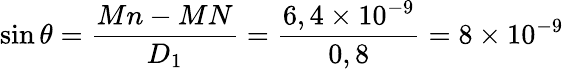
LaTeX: \sin\theta=\frac{Mn-MN}{D_{1}}=\frac{6,4\times 10^{-9}}{0,8}=8\times 10^{-9}